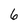
Character: 6